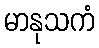
မာနုသကံ